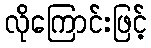
လိုကြောင်းဖြင့်